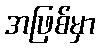
အဖြစ်မှာ